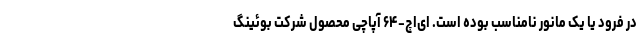
در فرود یا یک مانور نامناسب بوده است. ای‌اچ-۶۴ آپاچی محصول شرکت بوئینگ